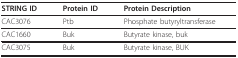
<table><thead><tr><td><b>STRING ID</b></td><td><b>Protein ID</b></td><td><b>Protein Description</b></td></tr></thead><tbody><tr><td>CAC3076</td><td>Ptb</td><td>Phosphate butyryltransferase</td></tr><tr><td>CAC1660</td><td>Buk</td><td>Butyrate kinase, buk</td></tr><tr><td>CAC3075</td><td>Buk</td><td>Butyrate kinase, BUK</td></tr></tbody></table>